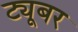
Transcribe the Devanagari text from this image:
ट्यूबर